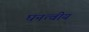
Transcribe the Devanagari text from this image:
घनत्वीय